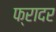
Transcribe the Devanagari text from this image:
फ्रादर